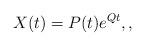
LaTeX: \begin{align*}X(t)=P(t)e^{Qt},,\end{align*}